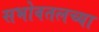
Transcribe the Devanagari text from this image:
सभोवतलच्या